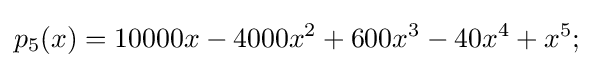
p_{5}(x)=10000x-4000x^{2}+600x^{3}-40x^{4}+x^{5};